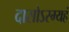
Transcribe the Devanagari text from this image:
दासोऽस्म्यहं